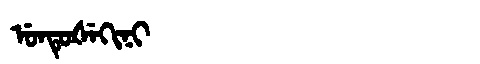
Manchu: ᡠᠨᡨᡠᡧᡝᡴᡳᠨᡳ
Romanization: UNTUŠEKINI